V__Kingissepa_nim__kolhoos, lk 4
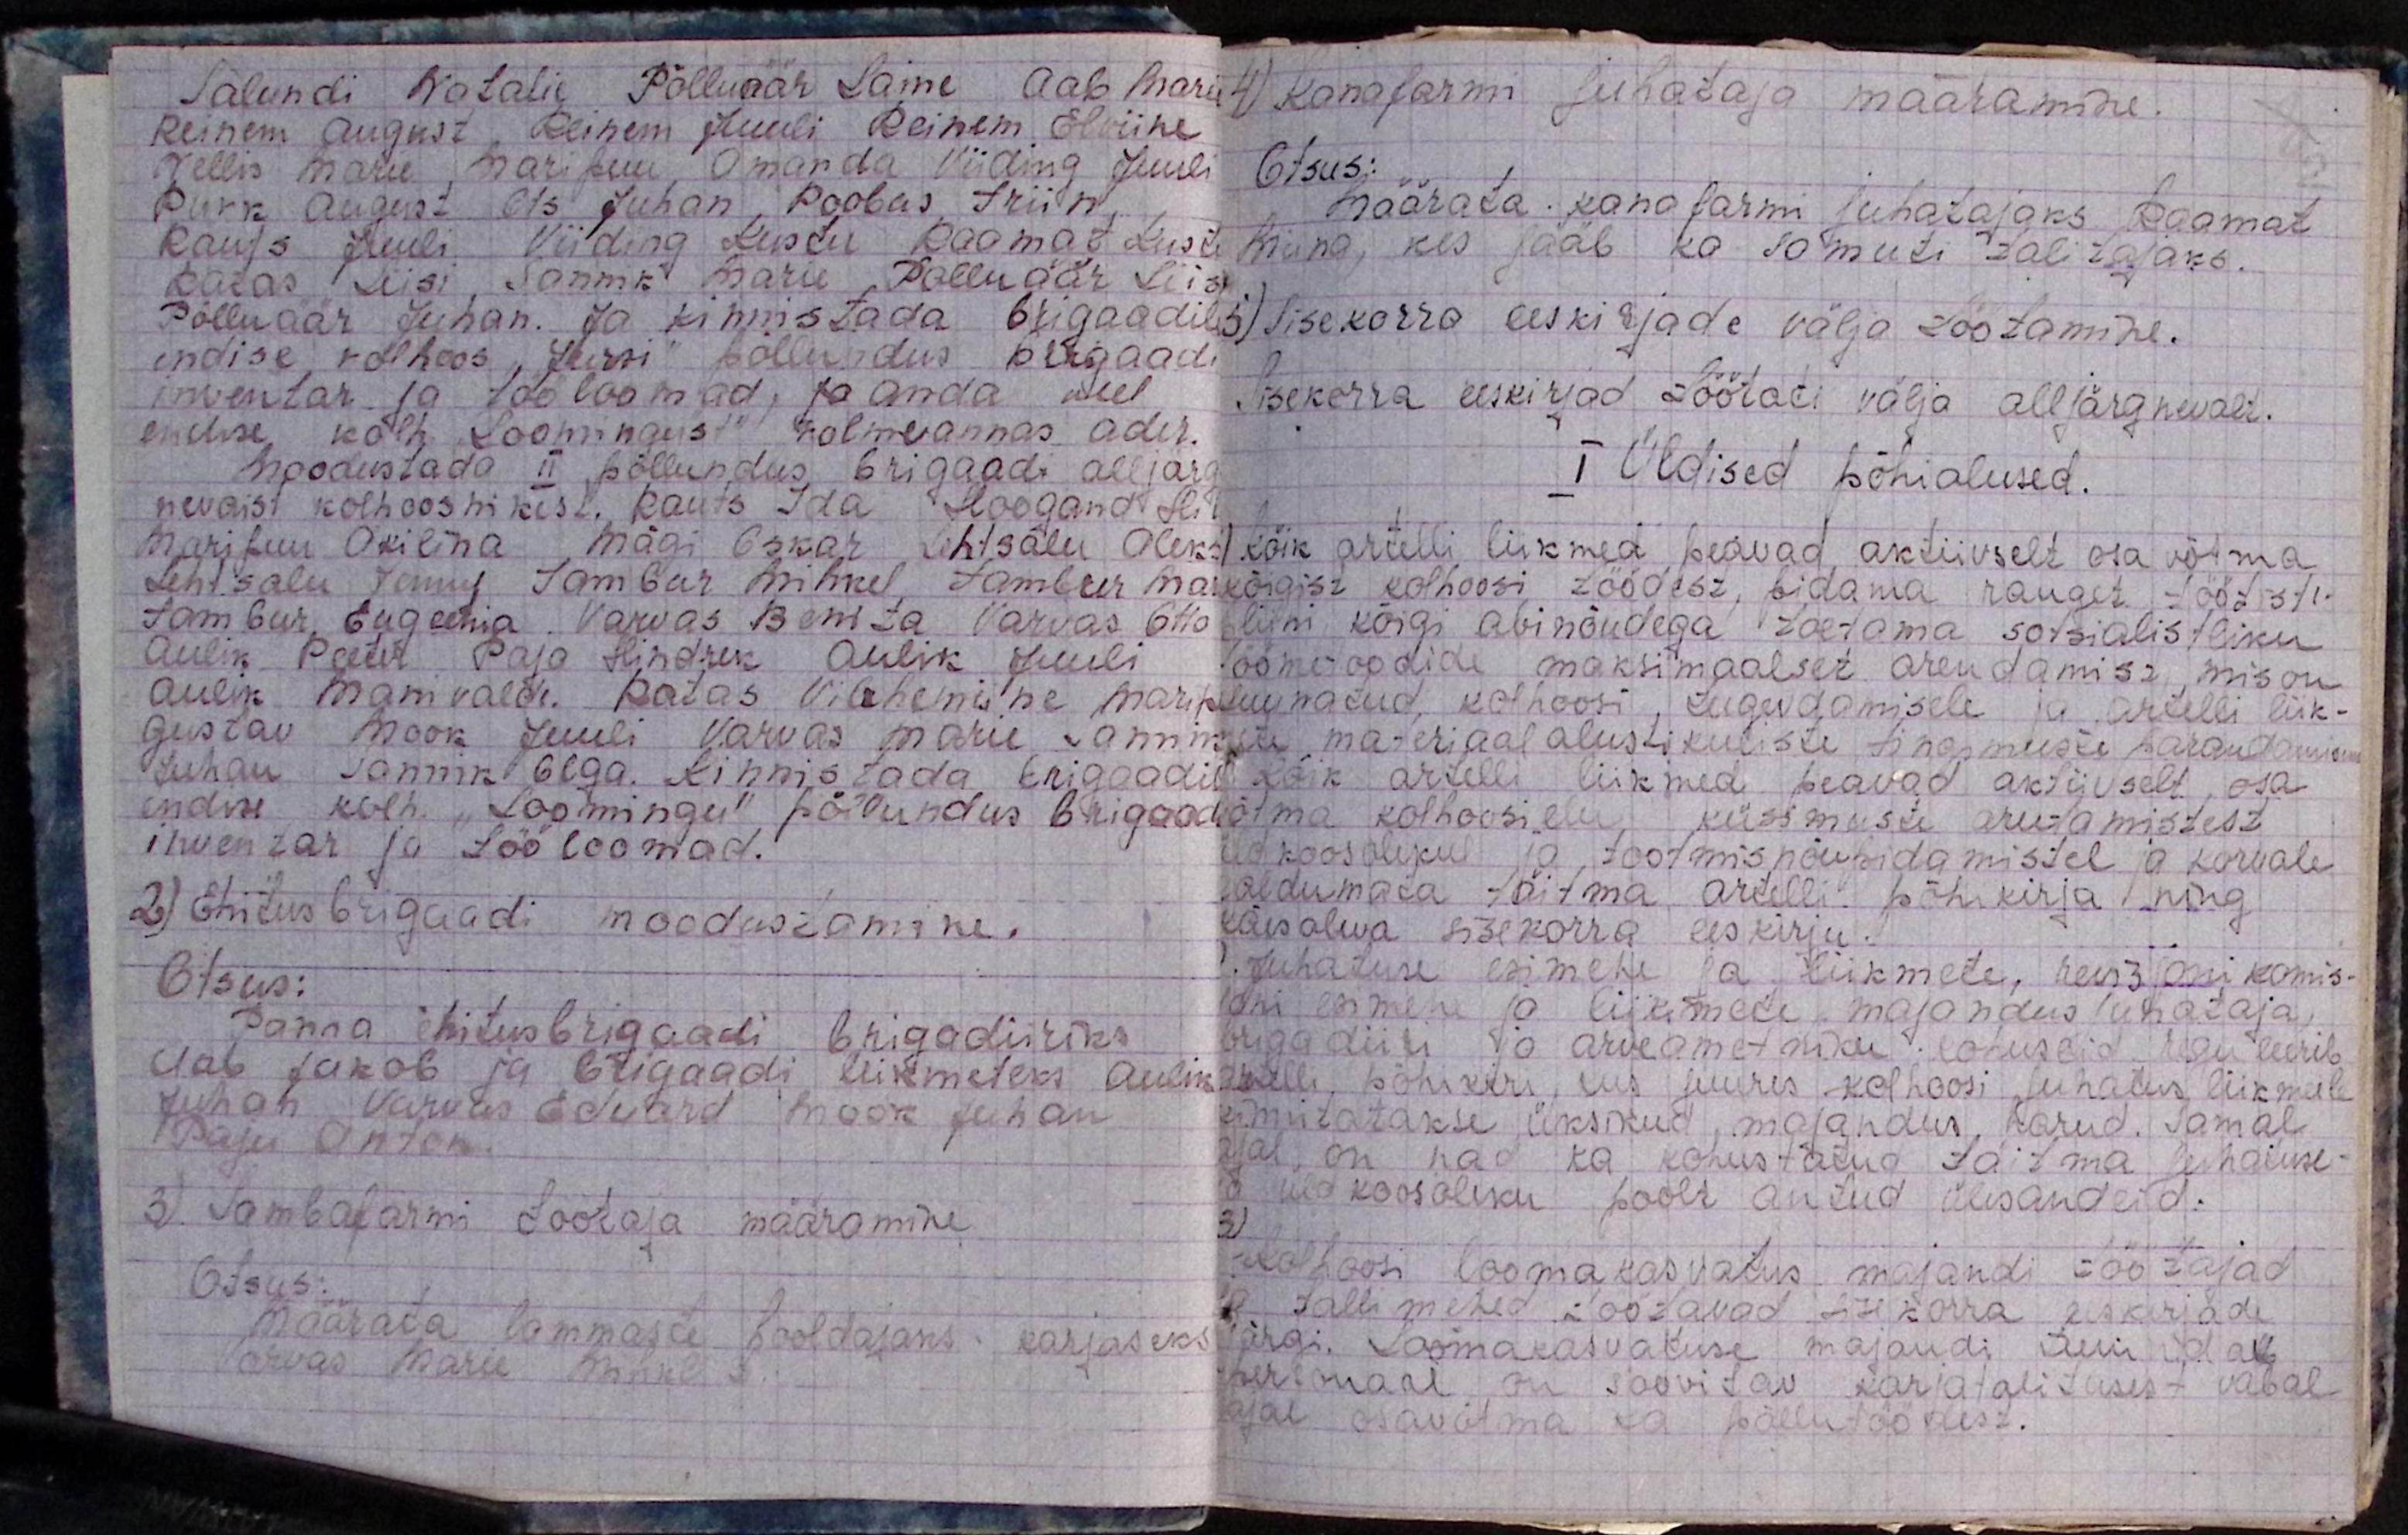
Salundi Natalie Põlluäär Laine Aab Mari
Reinem August Reinem Juuli Reinem Elviine
Tellis Marie Maripuu Amanda Viiding Juuli
Pukk August Ots Juhan Poobas Triin,
Rauts Juuli Viiding Kustu Raamat Kusti
Ratas Liisi Sannik Marie Põlluäär Liis
Põlluäär Juhan. Ja kinnistada brigaadile
endise kolhoos "Jürsi" põllundus brigaadi
inventar ja tööloomad, ja anda veel
endise kolh "Loomingust" kolmeannas ader.
Moodustada II põllundus brigaadi alljärg
nevaist kolhoosnikest. Rauts Ida Hoogand Hil
Maripuu Okilina Mägi Oskar Lehtsalu Aleks
Lehtsalu Tenny Jambur Mihkel, Tambur Ma
Jambur, Eugeenia Varvas Benita Varvas Otto
Aulik Peeter Paja Hindrek Aulik Juuli
Aulik Manivalde Ratas Vilchenis'ne Marit
Gustav Mook Juuli Varvas Marie Sannis
Juhan Sannik Olga. Kinnistada brigaadi
endise kolh. "Loomingu" põllundus brigaadi
inventar ja tööloomad.
2) Ehitusbrigaadi moodustamine.
Otsus:
Panna ehitusbrigaadi brigadiiriks
Aab Jakob ja brigaadi liikmeteks Aulik
Juhan Varvas Eduard Mook Juhan
Paju Anton.
3) Lambafarmi töötaja määramine
Otsus:
Määrata lammaste hooldajaks karjaseks
Varvas Marie Mihkli.

4) Kanafarmi juhataja määramine.
Otsus:
määrata kanafarmi juhatajaks Raamat
Miina, kes jääb ka samuti talitajaks.
6) Sisekorra eeskirjade välja töötamine.
Sisekorra eeskirjad töötati välja alljärgnevalt.
I Üldised põhialused.
1) Kõik artelli liikmed peavad aktiiivselt osa võtma
kõigist kolhoosi töödest, pidama ranget töödisti
pliini kõigi abinõudega toetama sotsialistliku
töömeetodide maksimaalset arendamist, mis on
suunatud kolhoosi tugevdamisele ja artelli liik-
mete materiaal alustikuliste tingimuste parandamiseks
Kõik artelli liikmed peavad aktiivselt osa
võtma kolhoosielu küsimuste arutamistest
üldkoosolekul ja tootmisnõupidamistel ja kõrvale
kaldumata täitma artelli põhikirja ning
käesoleva sisekorra eeskirju.
Juhatuse esimehe ja liikmete, revisojni komis-
joni esimehe ja liikmete majandus juhataja,
õigadiitu ja arveametsiku kohuseid. Nagu üerib
artelli põhikiri, kus juures kolhoosi juhatus liikmeile
kinnitatakse üksikud majandus harud. Samal
ajal on nad ka kohustatud täitma juhatuse-
ga üldkoosoleku poolt antud ülesandeid.
3)
Kolhooli loomakasvatus majandi töötajad
ja tallimehed töötavad sisekorra eeskirjade
järgi. Loomakasvatuse majandi kuni ida
wõtmaal on soovitav karjatalitsusest vabal
ajal osavõtma ka põllutöödest.